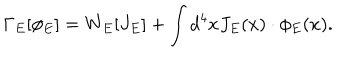
\Gamma _ { E } [ \phi _ { E } ] = W _ { E } [ J _ { E } ] + \int d ^ { 4 } x J _ { E } ( x ) \cdot \phi _ { E } ( x ) .